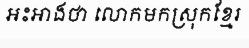
អះអាងថា លោកមកស្រុកខ្មែរ